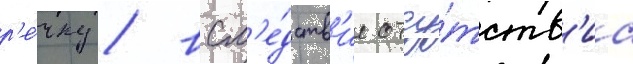
р'е́чку / всл'е́дств'ие отсу́тств'иа